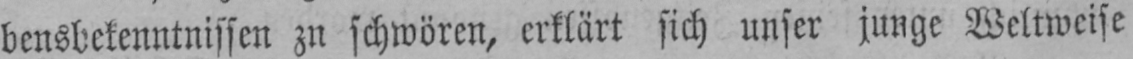
bensbekenntnissen zu schwören, erklärt sich unser junge Weltweise